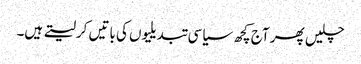
چلیں پھر آج کچھ سیاسی تبدیلیوں کی باتیں کرلیتے ہیں۔